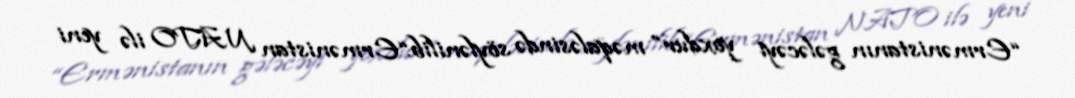
“Ermənistanın gələcəyi yoxdur” məqaləsində söylənilib.“Ermənistan NATO ilə yeni